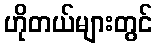
ဟိုတယ်များတွင်